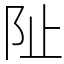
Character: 阯